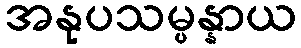
အနုပသမ္ပန္နာယ